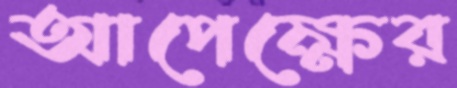
আপেক্ষের